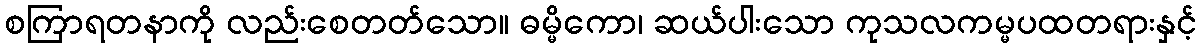
စကြာရတနာကို လည်းစေတတ်သော။ ဓမ္မိကော၊ ဆယ်ပါးသော ကုသလကမ္မပထတရားနှင့်